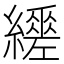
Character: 𦇈